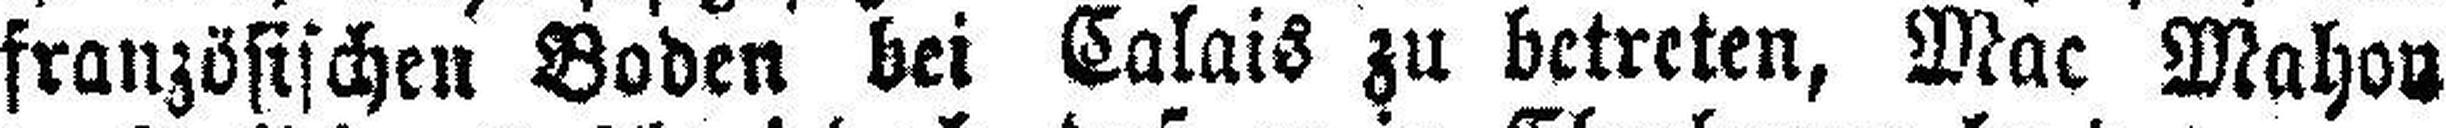
französischen Boden bei Calais zu betreten, Mac Mahon